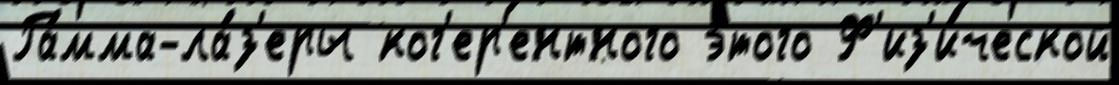
Га́мма-ла́з'еры ког'ер'ентного э́того Ф'из'и́ческой